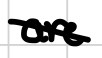
Text: are
Cross-out: diagonal
Writing tool: digital_black